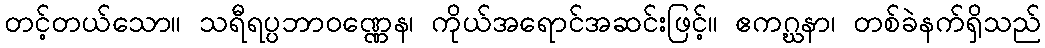
တင့်တယ်သော။ သရီရပ္ပဘာဝဏ္ဏေန၊ ကိုယ်အရောင်အဆင်းဖြင့်။ ဧကဂ္ဃနာ၊ တစ်ခဲနက်ရှိသည်